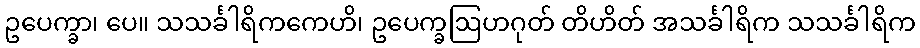
ဥပေက္ခာ၊ ပေ။ သသင်္ခါရိကကေဟိ၊ ဥပေက္ခဩဟဂုတ် တိဟိတ် အသင်္ခါရိက သသင်္ခါရိက